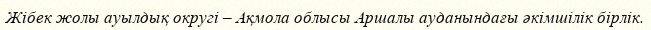
Жібек жолы ауылдық округі – Ақмола облысы Аршалы ауданындағы әкімшілік бірлік.